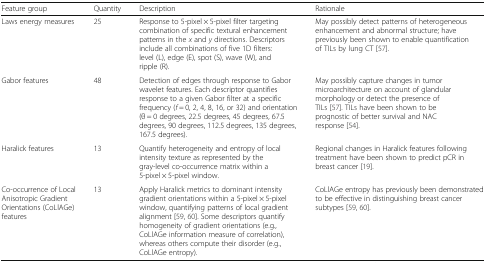
<table><thead><tr><td><b>Feature group</b></td><td><b>Quantity</b></td><td><b>Description</b></td><td><b>Rationale</b></td></tr></thead><tbody><tr><td>Laws energy measures</td><td>25</td><td>Response to 5-pixel × 5-pixel filter targeting combination of specific textural enhancement patterns in the <i>x</i> and <i>y</i> directions. Descriptors include all combinations of five 1D filters: level (L), edge (E), spot (S), wave (W), and ripple (R).</td><td>May possibly detect patterns of heterogeneous enhancement and abnormal structure; have previously been shown to enable quantification of TILs by lung CT [57].</td></tr><tr><td>Gabor features</td><td>48</td><td>Detection of edges through response to Gabor wavelet features. Each descriptor quantifies response to a given Gabor filter at a specific frequency (<i>f</i> = 0, 2, 4, 8, 16, or 32) and orientation (θ = 0 degrees, 22.5 degrees, 45 degrees, 67.5 degrees, 90 degrees, 112.5 degrees, 135 degrees, 167.5 degrees).</td><td>May possibly capture changes in tumor microarchitecture on account of glandular morphology or detect the presence of TILs [57]. TILs have been shown to be prognostic of better survival and NAC response [54].</td></tr><tr><td>Haralick features</td><td>13</td><td>Quantify heterogeneity and entropy of local intensity texture as represented by the gray-level co-occurrence matrix within a 5-pixel × 5-pixel window.</td><td>Regional changes in Haralick features following treatment have been shown to predict pCR in breast cancer [19].</td></tr><tr><td>Co-occurrence of Local Anisotropic Gradient Orientations (CoLlAGe) features</td><td>13</td><td>Apply Haralick metrics to dominant intensity gradient orientations within a 5-pixel × 5-pixel window, quantifying patterns of local gradient alignment [59, 60]. Some descriptors quantify homogeneity of gradient orientations (e.g., CoLlAGe information measure of correlation), whereas others compute their disorder (e.g., CoLlAGe entropy).</td><td>CoLlAGe entropy has previously been demonstrated to be effective in distinguishing breast cancer subtypes [59, 60].</td></tr></tbody></table>